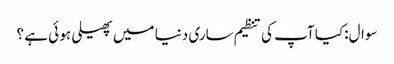
سوال:کیا آپ کی تنظیم ساری دنیا میں پھیلی ہو ئی ہے ؟